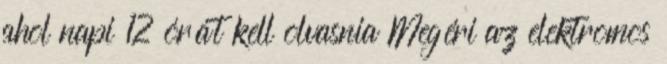
ahol napi 12 órát kell olvasnia Megéri az elektromos